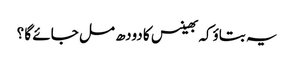
یہ بتاؤکہ بھینس کا دودھ مل جائے گا ؟